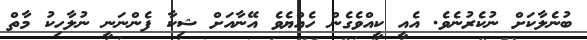
ބުނެލާކަށް ނުކެރުނެވެ. އެއީ ކީއްވެގެން ހެއްޔެވެ އޭނާއަށް ޝިކާ ފެންނަނީ ނުލާހިކު މާތް